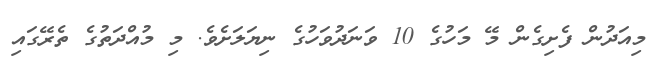
މިއަދުން ފެށިގެން މޭ މަހުގެ 10 ވަނަދުވަހުގެ ނިޔަލަށެވެ. މި މުއްދަތުގެ ތެރޭގައި